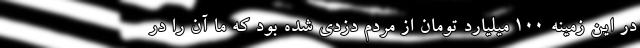
در این زمینه ۱۰۰ میلیارد تومان از مردم دزدی شده بود که ما آن را در